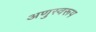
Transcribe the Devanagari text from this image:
अणुस्वरूप